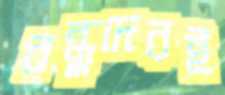
বন্ধুদেরই